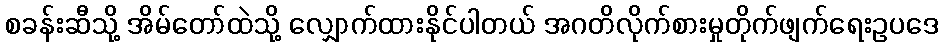
စခန်းဆီသို့ အိမ်တော်ထဲသို့ လျှောက်ထားနိုင်ပါတယ် အဂတိလိုက်စားမှုတိုက်ဖျက်ရေးဥပဒေ